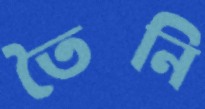
তৈনি